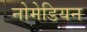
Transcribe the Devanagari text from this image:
नोमेडियन